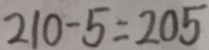
2 1 0 - 5 = 2 0 5